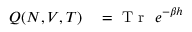
\begin{array} { r l } { Q ( N , V , T ) } & { { } = \mathrm { ~ T ~ r ~ } ~ e ^ { - \beta h } } \end{array}